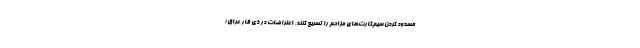
مسدود کردن سیم‌کارت‌های مزاحم را تسریع کنند. اعتراضات در ذی قار عراق/